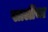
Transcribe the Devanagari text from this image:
सालींचा